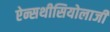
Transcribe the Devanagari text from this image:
ऐन्सथीसियोलाजी